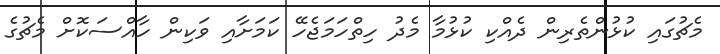
މެޗުގައި ކުޅުންތެރިން ދެއްކި ކުޅުމާ މެދު ހިތްހަމަޖެހޭ ކަމަށާއި ވަކިން ހާއްސަކޮށް މެޗުގެ